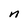
Character: n